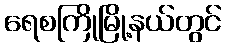
ရေစကြိုမြို့နယ်တွင်